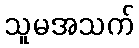
သူမအသက်